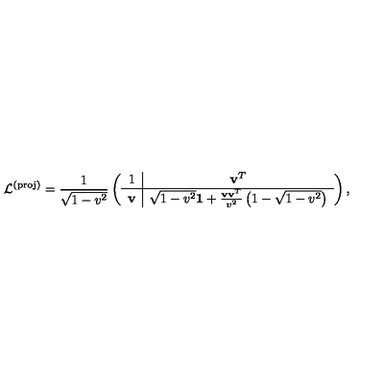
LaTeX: \mathcal { L } ^ { \mathrm { ( p r o j ) } } = \frac { 1 } { \sqrt { 1 - v ^ { 2 } } } \left( \begin{array} { c | c } { 1 } & { \mathbf { v } ^ { T } } \\ \hline { \mathbf { v } } & { \sqrt { 1 - v ^ { 2 } } { \bf 1 } + \frac { \mathbf { v } \mathbf { v } ^ { T } } { v ^ { 2 } } \left( 1 - \sqrt { 1 - v ^ { 2 } } \right) } \\ \end{array} \right) ,